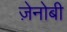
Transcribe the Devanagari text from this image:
ज़ेनोबी